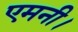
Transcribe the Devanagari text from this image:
एमनी।